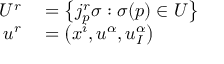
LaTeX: \begin{array} { r l } { U ^ { r } } & { { } = \left\{ j _ { p } ^ { r } \sigma : \sigma ( p ) \in U \right\} } \\ { u ^ { r } } & { { } = \left( x ^ { i } , u ^ { \alpha } , u _ { I } ^ { \alpha } \right) } \end{array}